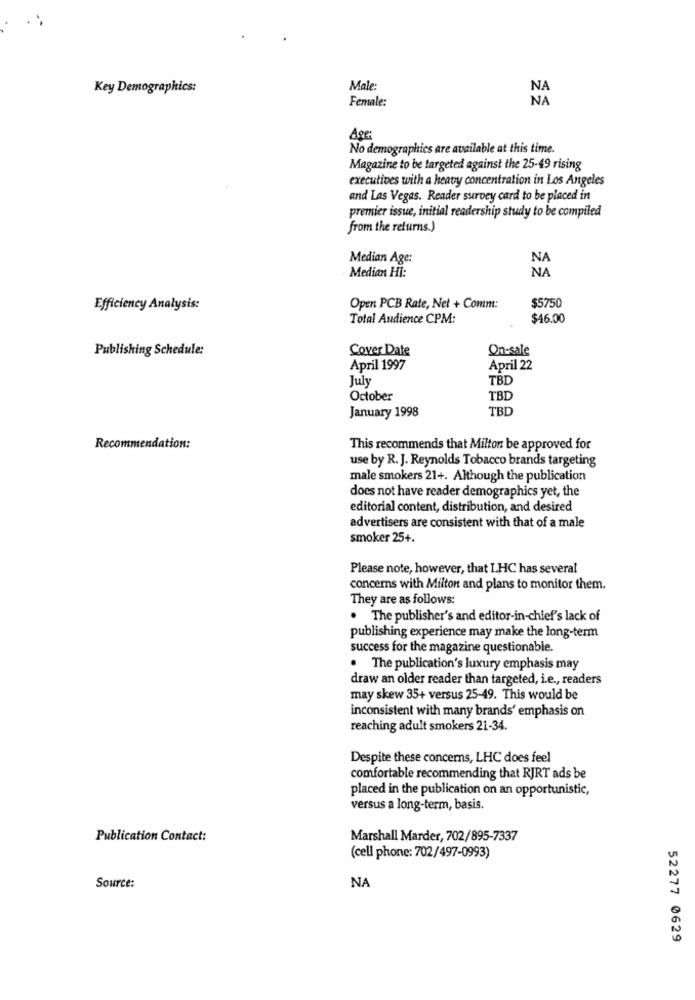
Key Demographics:
Male:
NA
Female:
NA
Age:
No demographics are available at this time.
Magazine to be targeted against the 25-49 rising
executives with a heavy concentration in Los Angeles
and Las Vegas. Reader survey card to be placed in
premier issue, initial readership study to be compiled
from the returns.)
Median Age:
NA
Median HI:
NA
Efficiency Analysis:
Open PCB Rate, Net + Comm:
$5750
Total Audience CPM:
$46.00
Publishing Schedule:
Cover Date
On-sale
April 1997
April 22
July
TBD
October
TBD
January 1998
TBD
Recommendation:
This recommends that Milton be approved for
use by R. J. Reynolds Tobacco brands targeting
male smokers 21+. Although the publication
does not have reader demographics yet, the
editorial content, distribution, and desired
advertisers are consistent with that of a male
smoker 25+.
Please note, however, that LHC has several
concerns with Milton and plans to monitor them.
They are as follows:
. The publisher's and editor-in-chief's lack of
publishing experience may make the long-term
success for the magazine questionable.
. The publication's luxury emphasis may
draw an older reader than targeted, i.e ., readers
may skew 35+ versus 25-49. This would be
inconsistent with many brands' emphasis on
reaching adult smokers 21-34.
Despite these concerns, LHC does feel
comfortable recommending that RJRT ads be
placed in the publication on an opportunistic,
versus a long-term, basis.
Publication Contact:
Marshall Marder, 702/895-7337
(cell phone: 702/497-0993)
Source:
NA
52277 0629